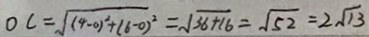
0 C = \sqrt { ( 4 - 0 ) ^ { 2 } + ( 6 - 0 ) ^ { 2 } } = \sqrt { 3 6 + 1 6 } = \sqrt { 5 2 } = 2 \sqrt { 1 3 }